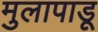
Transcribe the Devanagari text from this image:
मुलापाडू